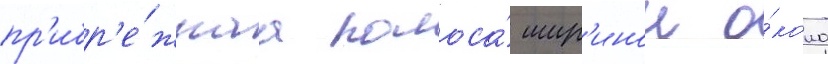
пр'ибр'е́жнаа полоса́ шир'инои о́коло